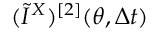
( \widetilde { I } ^ { X } ) ^ { [ 2 ] } ( \theta , \Delta t )